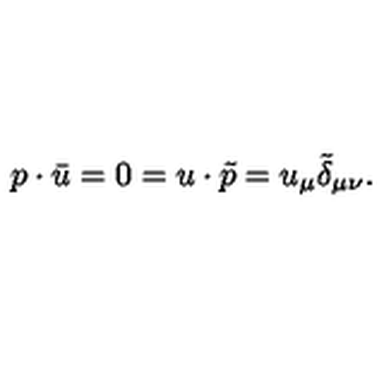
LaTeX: p \cdot \bar { u } = 0 = u \cdot \tilde { p } = u _ { \mu } \tilde { \delta } _ { \mu \nu } .